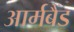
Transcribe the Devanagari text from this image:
आर्मबैंड